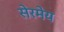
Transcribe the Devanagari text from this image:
सेरमेय